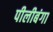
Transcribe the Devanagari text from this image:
पीलीबंगा